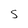
Character: S